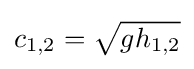
c_{1,2}={\sqrt {gh_{1,2}}}